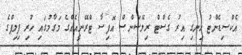
އެކްސިޑެންޓު ހިނގި އިރު ގެސްޓް ރިލޭޝަންސް އޮފިސާ ޓްރޭނީއެއްގެ މަގާމުގައި ހުރި ފިލިޕްގެ